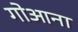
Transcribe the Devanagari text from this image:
गोआना